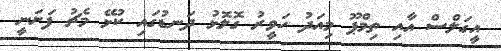
އީގަލްސް އާއި ތިމްޕޫ މިއަދު ހަވީރު ގޮލޮޅު ދަނޑުގައި ކުޅޭ މެޗު ފަށަނީ